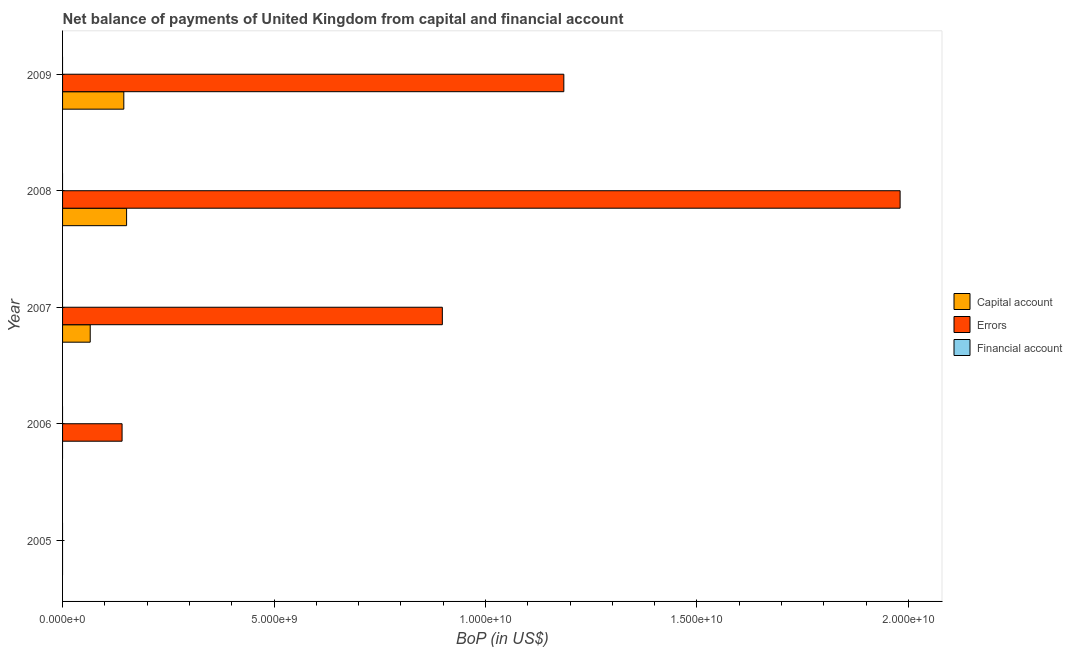
| Year | Capital account | Errors | Financial account |
 | --- | --- | --- | --- |
 | 2005 | -7.55e+08 | -3.07e+08 | -3.15e+10 |
 | 2006 | -1.99e+09 | 1.41e+09 | -5.92e+10 |
 | 2007 | 6.54e+08 | 8.98e+09 | -7.19e+10 |
 | 2008 | 1.51e+09 | 1.98e+10 | -8.22e+10 |
 | 2009 | 1.45e+09 | 1.19e+10 | -5.04e+10 |